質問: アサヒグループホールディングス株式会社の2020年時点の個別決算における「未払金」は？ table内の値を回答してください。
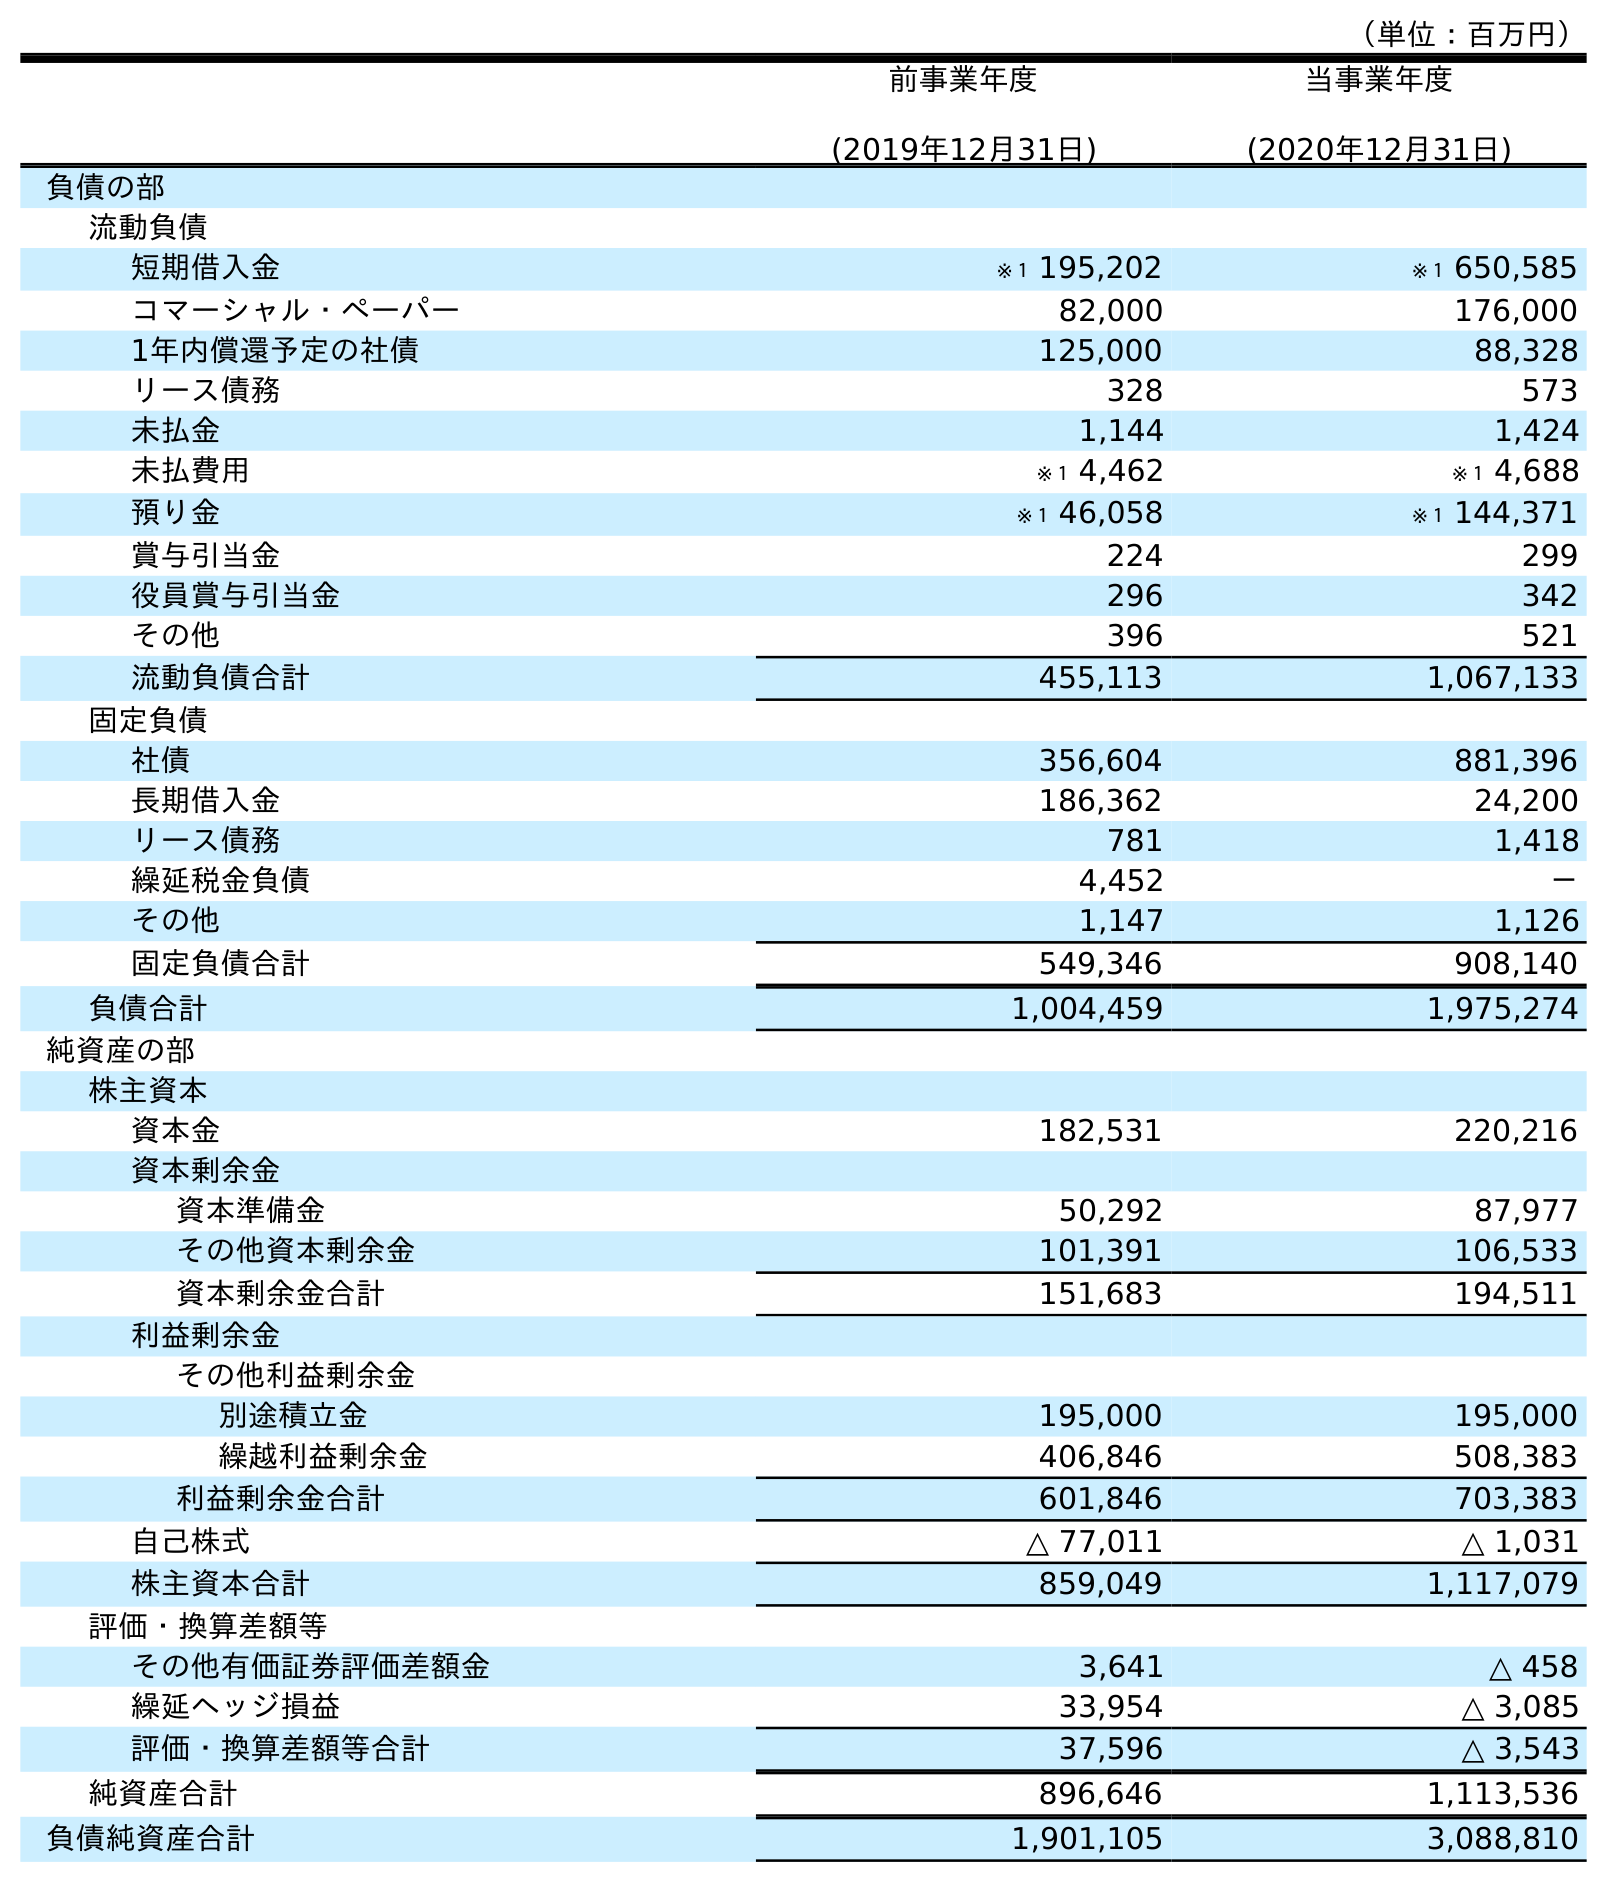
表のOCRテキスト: （単位：百万円） 前事業年度 (2019年12月31日) 当事業年度 (2020年12月31日) 負債の部 流動負債 短期借入金 ※１ 195,202 ※１ 650,585 コマーシャル・ペーパー 82,000 176,000 1年内償還予定の社債 125,000 88,328 リース債務 328 573 未払金 1,144 1,424 未払費用 ※１ 4,462 ※１ 4,688 預り金 ※１ 46,058 ※１ 144,371 賞与引当金 224 299 役員賞与引当金 296 342 その他 396 521 流動負債合計 455,113 1,067,133 固定負債 社債 356,604 881,396 長期借入金 186,362 24,200 リース債務 781 1,418 繰延税金負債 4,452 － その他 1,147 1,126 固定負債合計 549,346 908,140 負債合計 1,004,459 1,975,274 純資産の部 株主資本 資本金 182,531 220,216 資本剰余金 資本準備金 50,292 87,977 その他資本剰余金 101,391 106,533 資本剰余金合計 151,683 194,511 利益剰余金 その他利益剰余金 別途積立金 195,000 195,000 繰越利益剰余金 406,846 508,383 利益剰余金合計 601,846 703,383 自己株式 △ 77,011 △ 1,031 株主資本合計 859,049 1,117,079 評価・換算差額等 その他有価証券評価差額金 3,641 △ 458 繰延ヘッジ損益 33,954 △ 3,085 評価・換算差額等合計 37,596 △ 3,543 純資産合計 896,646 1,113,536 負債純資産合計 1,901,105 3,088,810
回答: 1,424